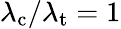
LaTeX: \lambda_{\mathrm{c}}/\lambda_{\mathrm{t}}=1